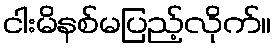
ငါးမိနစ်မပြည့်လိုက်။